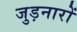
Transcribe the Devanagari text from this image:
जुड़नारों